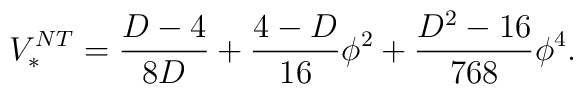
V_{*}^{NT}=\frac{D-4}{8D}+\frac{4-D}{16}\phi^{2}+\frac{D^{2}-16}{768}\phi^{4}.